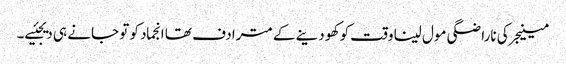
مینیجر کی ناراضگی مول لینا وقت کو کھو دینے کے مترادف تھا انجماد کو تو جانے ہی دیجئیے۔